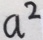
a ^ { 2 }